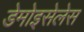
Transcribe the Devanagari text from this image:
डेमोइसेलेस